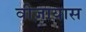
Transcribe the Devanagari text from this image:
वीज़ायास